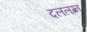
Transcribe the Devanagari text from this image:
दललग्न